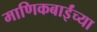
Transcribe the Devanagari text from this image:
माणिकबाईंच्या